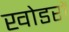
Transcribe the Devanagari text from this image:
खोडरों